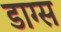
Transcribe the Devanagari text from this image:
डाग्स